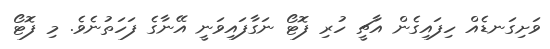
ވަށިގަނޑެއް ހިފައިގެން އާޗީ ހުރި ފޮޓޯ ނަގާފައިވަނީ އޭނާގެ ފަހަތުނެވެ. މި ފޮޓޯ